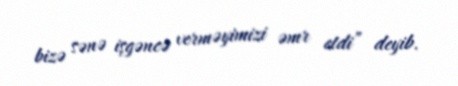
bizə sənə işgəncə verməyimizi əmr etdi” deyib.